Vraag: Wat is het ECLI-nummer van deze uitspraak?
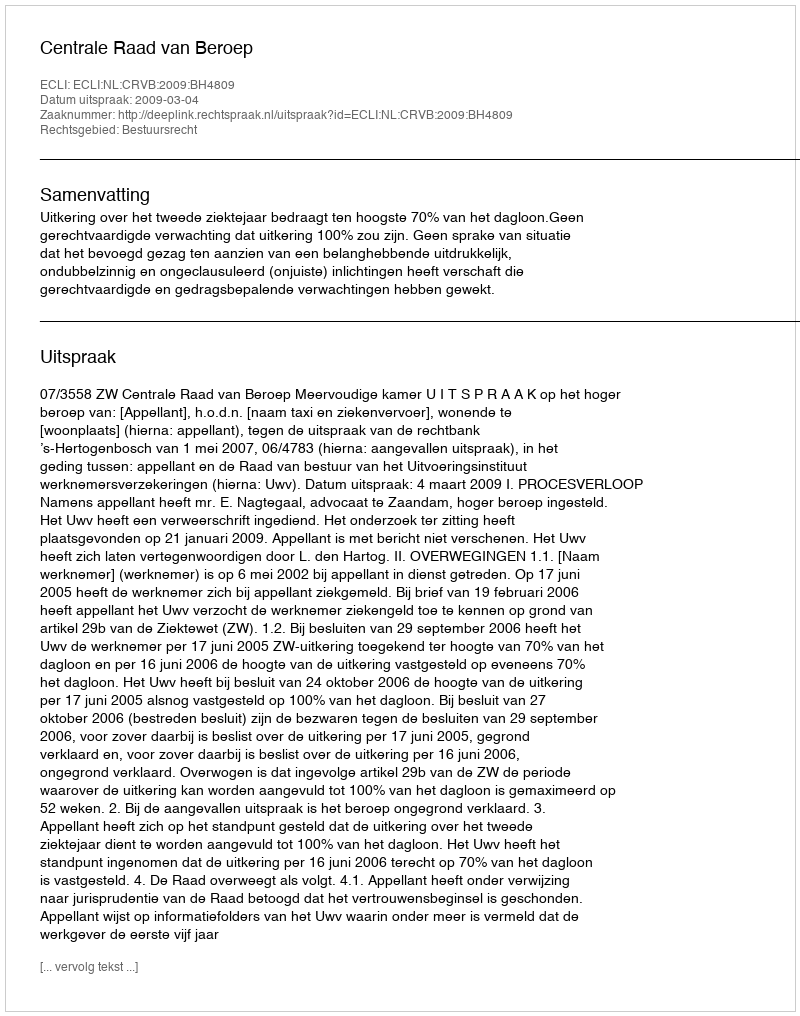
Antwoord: ECLI:NL:CRVB:2009:BH4809